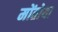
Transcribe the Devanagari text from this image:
मोंतोया